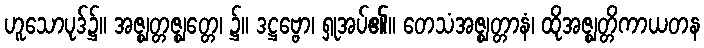
ဟူသောပုဒ်၌။ အဇ္ဈတ္တဇ္ဈတ္တေ၊ ၌။ ဒဋ္ဌဗ္ဗော၊ ရှုအပ်၏။ တေသံအဇ္ဈတ္တာနံ၊ ထိုအဇ္ဈတ္တိကာယတန